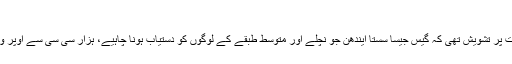
نگراں وزیراعظم کی تشویش
بیان کے مطابق نگراں وزیر اعظم کو اس بات پر تشویش تھی کہ گیس جیسا سستا ایندھن جو نچلے اور متوسط طبقے کے لوگوں کو دستیاب ہونا چاہیے، ہزار سی سی سے اوپر والی گاڑیوں میں بےدریغ استعمال ہو رہا ہے۔